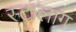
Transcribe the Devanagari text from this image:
स्टालाग